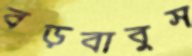
বড়বাবুস